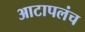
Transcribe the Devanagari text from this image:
आटापलंच